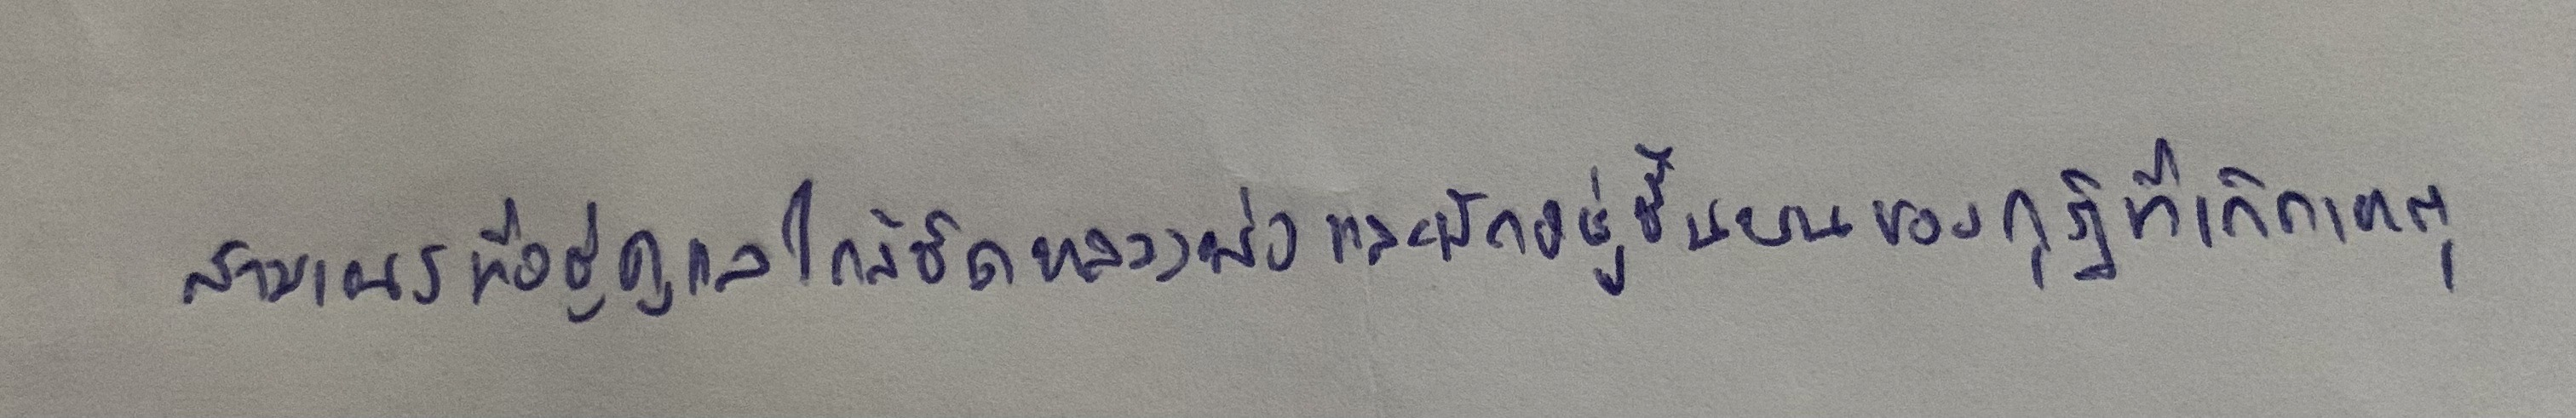
สามเณรที่อยู่ดูแลใกล้ชิดหลวงพ่อและพักอยู่ชั้นบนของกุฏิที่เกิดเหตุ